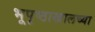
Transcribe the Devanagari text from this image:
भूपृष्ठाखालच्या